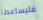
فليساعدنا